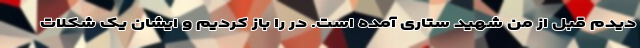
دیدم قبل از من شهید ستاری آمده است. در را باز کردیم و ایشان یک شکلات